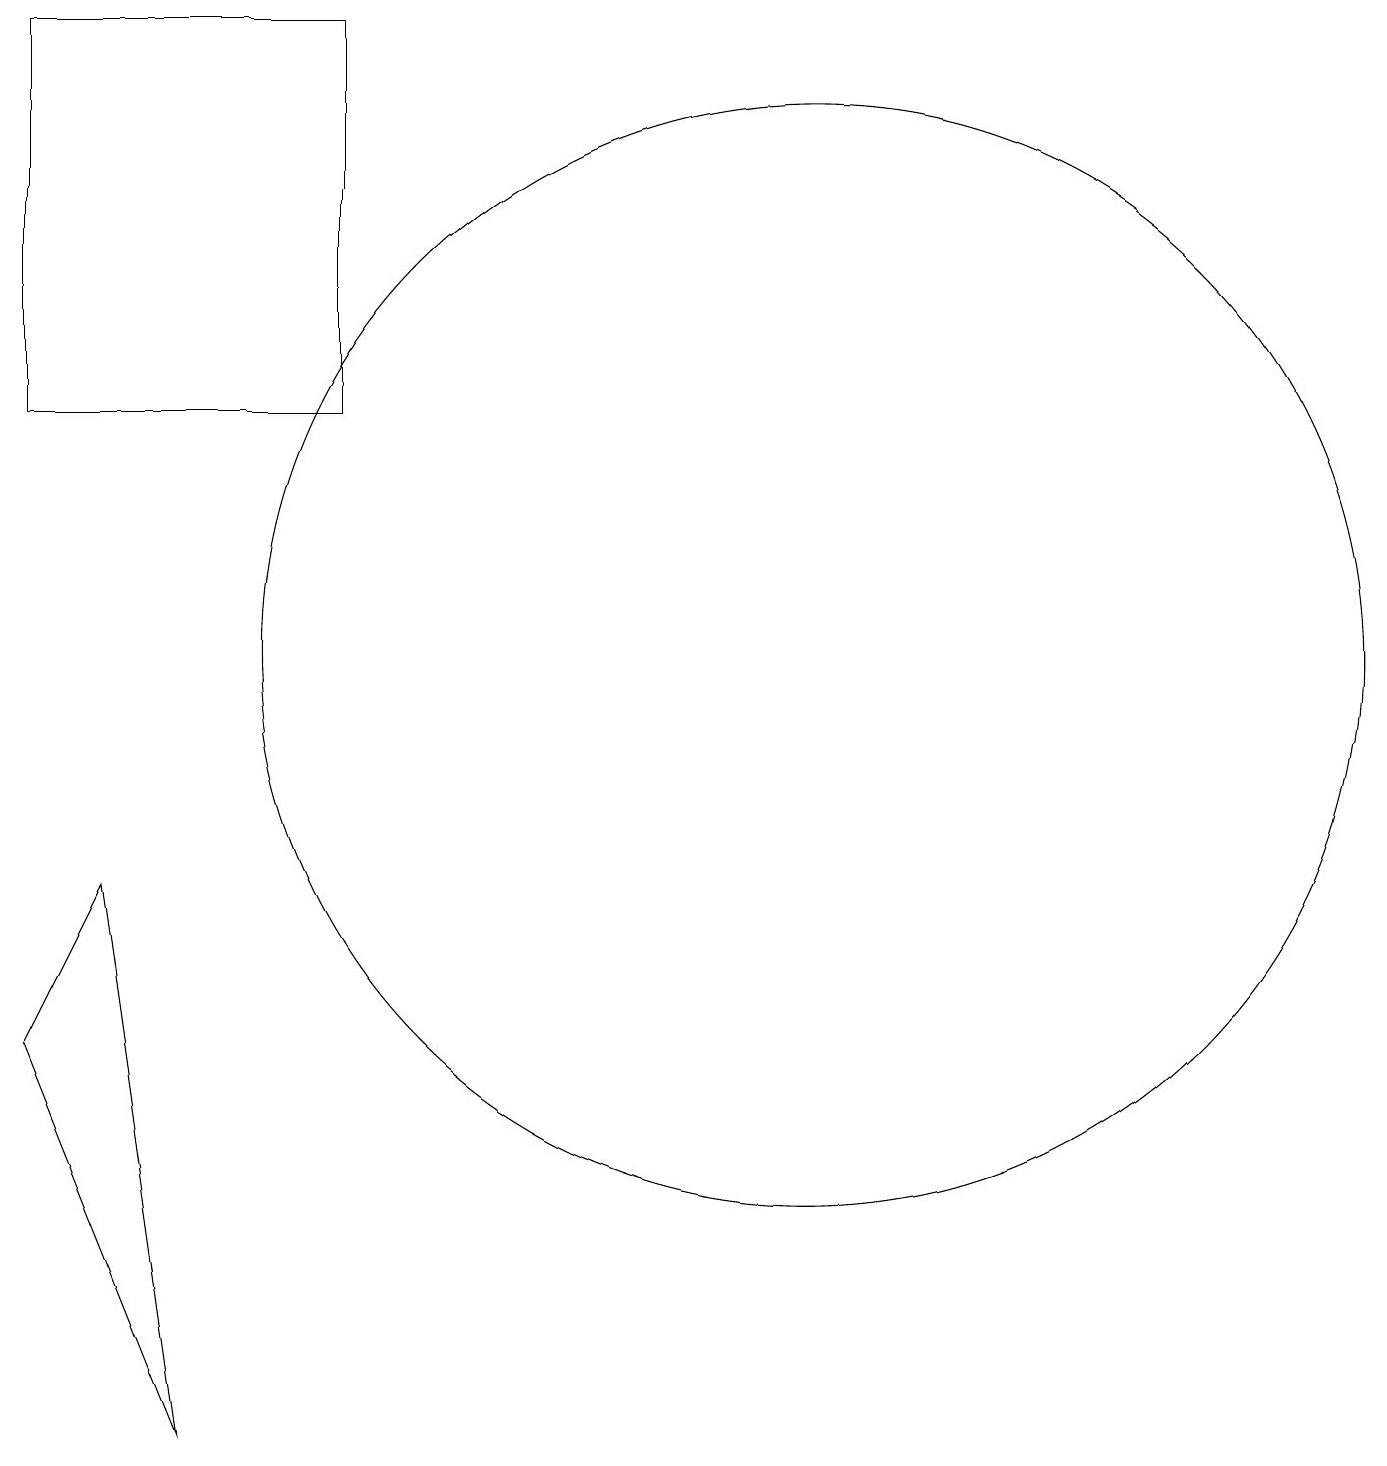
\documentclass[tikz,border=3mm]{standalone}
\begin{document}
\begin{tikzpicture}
\draw (3,1) -- (1,6) -- (2,8) -- cycle;
\draw (11,11) circle (7);
\draw (1,19) rectangle (5,14);
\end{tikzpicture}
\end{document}